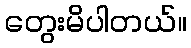
တွေးမိပါတယ်။